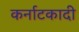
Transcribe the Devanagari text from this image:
कर्नाटकादी